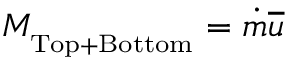
{ \cal M } _ { _ \mathrm { T o p + \mathrm { B o t t o m } } } = \dot { m } \overline { { u } }